Annual report of the Punjab Veterinary College and of the Civil Veterinary Department, Punjab - 1926-1932
Year: 1926
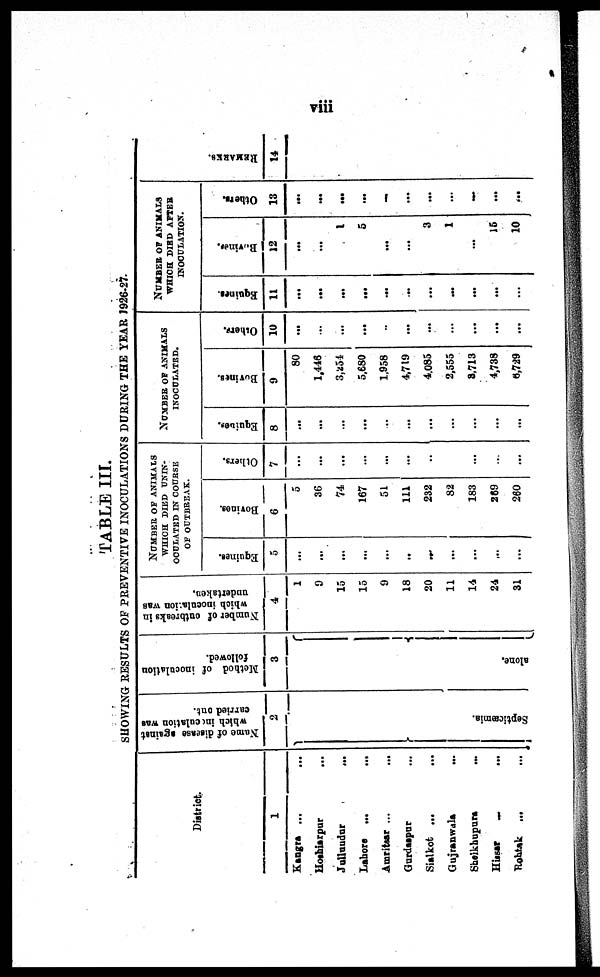
viii
TABLE III.
SHOWING RESULTS OF PREVENTIVE INOCULATIONS DURING THE YEAR J926-27.
District
1
Kangra ... ...
Hoshiarpur ...
Jallundar
...
Lahore ...
...
Amritsar ... ...
Gurdaspur ...
Sialkot ... ...
Gujranwala
...
Sheikhupura ...
Hissar
...
...
Rohtak
... ...
Name of disease against
which inoculation was
carried out.
2
Se pt i
c æmi a .
Method of inoculation
followed.
3
alone.
Number of outbreaks in
which inoculation was
undertaken.
4
1
9
15
15
9
18
20
11
14
24
31
NUMBER OF ANIMALS
WHICH DIED UNIN-
-------- IN COURSE
OF OUTBREAK.
Equines.
5
...
...
...
...
...
..
...
...
...
...
...
Bovines.
6
5
36
74
167
51
111
232
82
183
269
260
Others.
7
...
...
...
...
...
...
..
...
...
...
...
NUMBER OF ANIMALS
INOCULATED.
Equines.
8
...
...
...
...
..
...
...
...
...
...
...
Bovines.
9
80
1,446
3,254
5,680
1,958
4,719
4,085
2,555
8,713
4,738
6,729
Others.
10
...
...
...
...
..
...
...
...
...
...
...
NUMBER OF ANIMALS
WHICH DIED AFTER
INOCULATION.
Equines.
11
...
...
...
...
...
...
...
...
...
...
...
Bovines.
12
...
...
1
5
...
...
3
1
...
15
10
Others.
13
...
...
...
...
...
...
...
...
...
...
...
REMARKS .
14